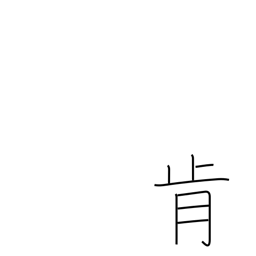
Meaning: consent